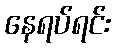
နေရပ်ရင်း